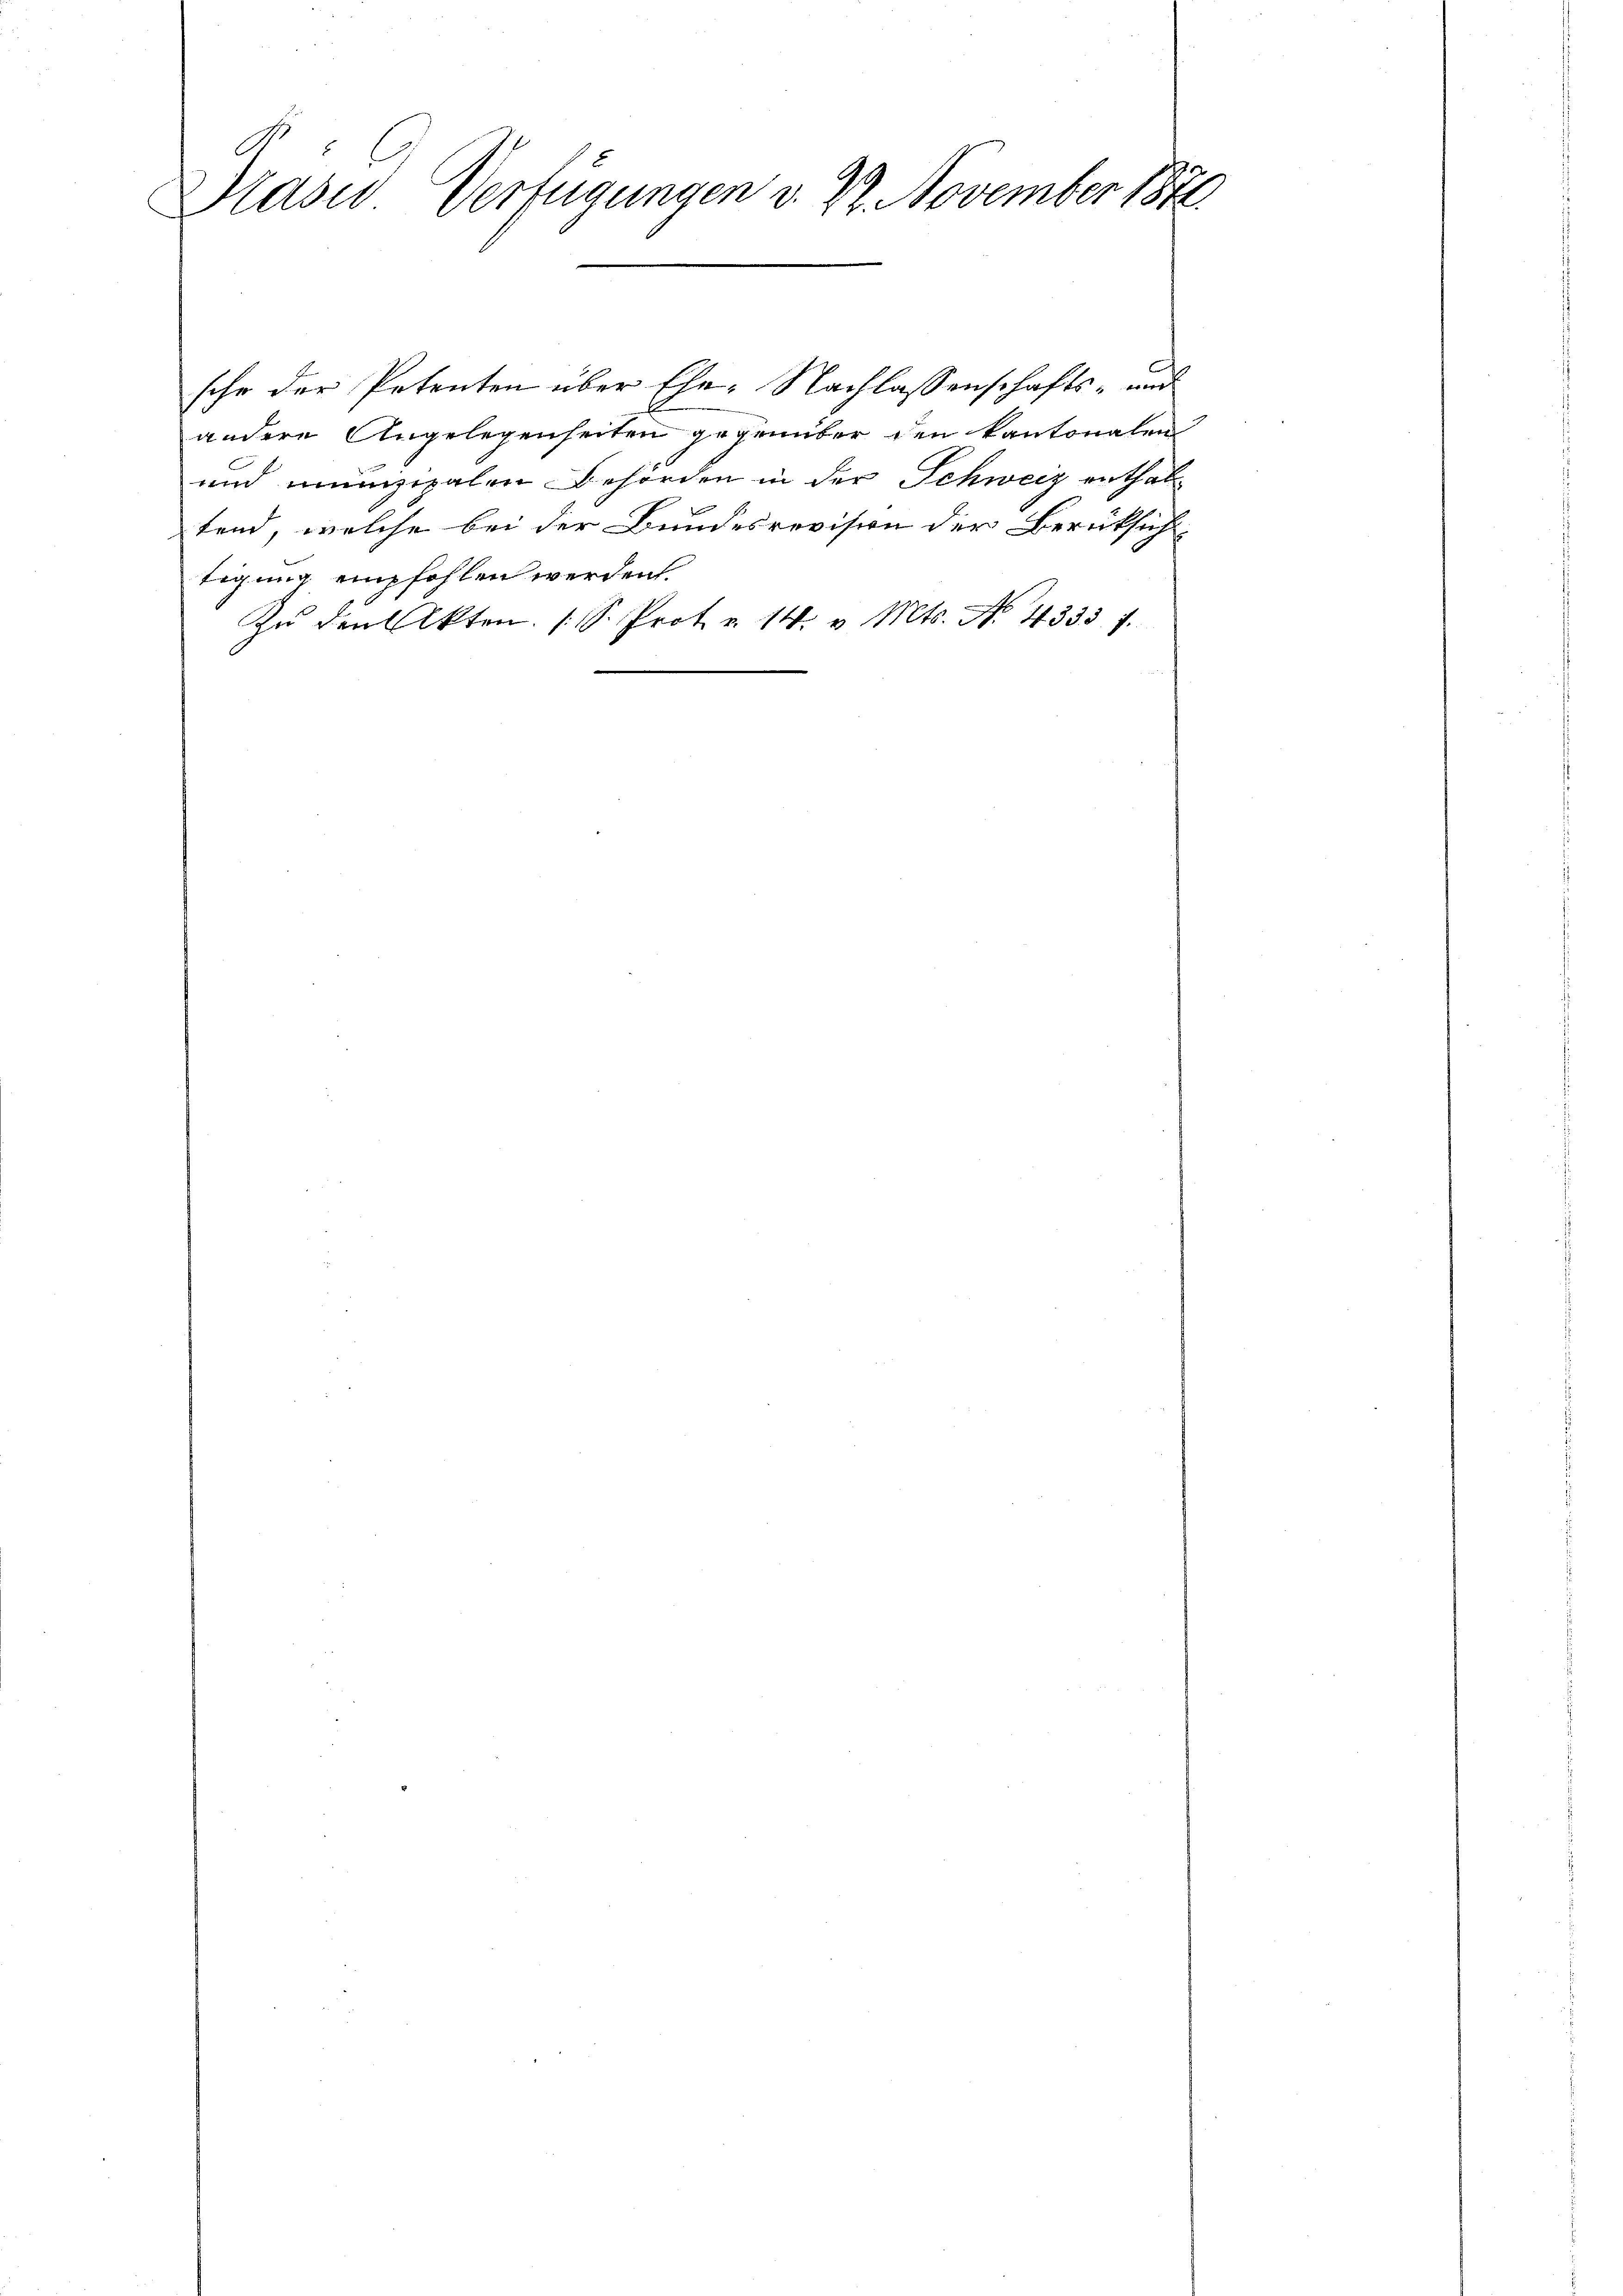
Praser Verfügungen v. 22. November 1871.

sche der Petenten über Ehe- Nachlassenschafts- und
andere Angelegenheiten gegenüber den kantonalen
und munizipalen Behörden in der Schweiz enthaltend, welche bei der Bundesrevision der Berüksich
tigung empfohlen werden.
Zŭ den Akten. (S. Prot. v. 14. v. Mts. No. 4333. 7.